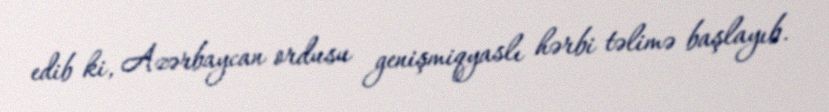
edib ki, Azərbaycan ordusu genişmiqyaslı hərbi təlimə başlayıb.